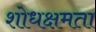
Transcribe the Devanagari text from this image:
शोधक्षमता